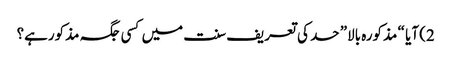
2) آیا “ مذکورہ بالا” حد کی تعریف سنت میں کسی جگہ مذکورہے؟